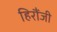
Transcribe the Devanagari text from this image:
हिरौंजी